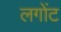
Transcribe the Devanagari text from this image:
लगोंट